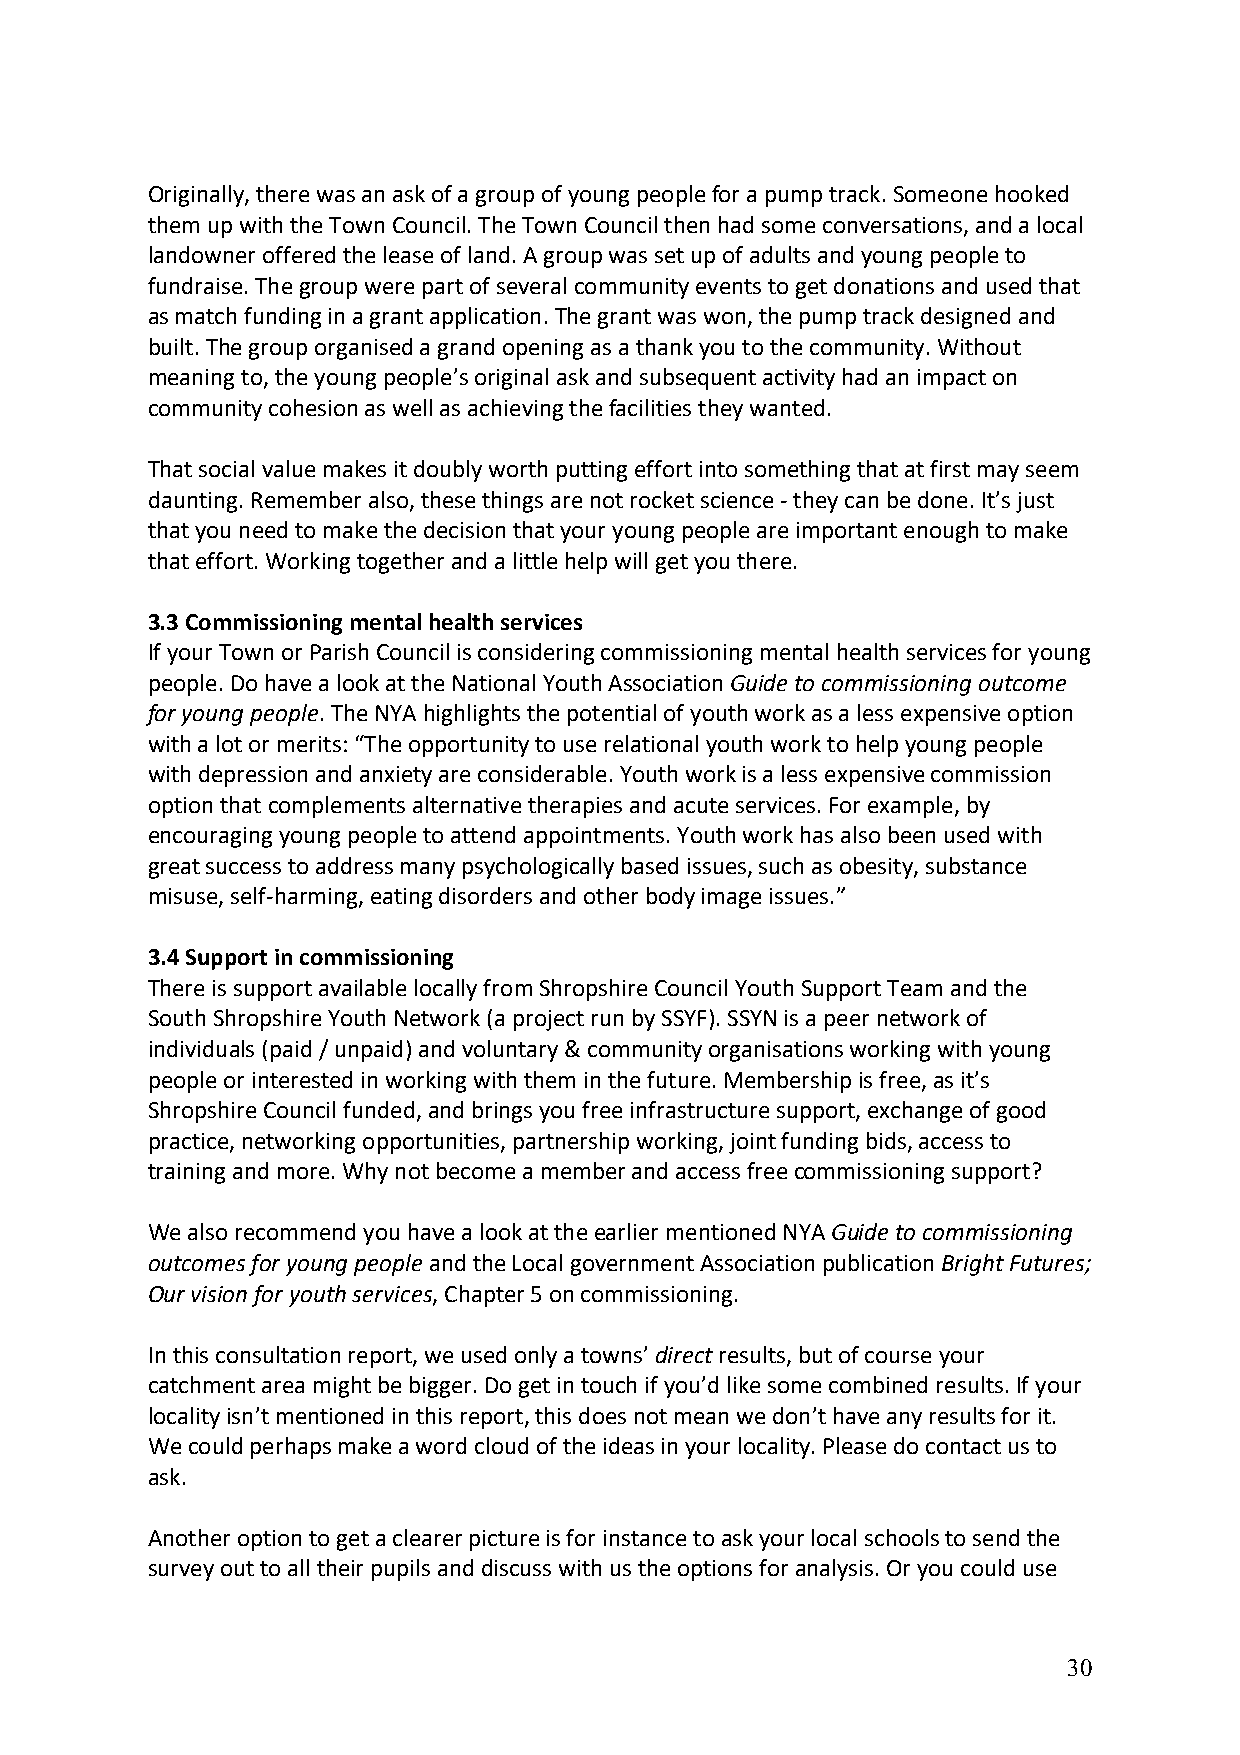
Originally, there was an ask of a group of young people for a pump track. Someone hooked
 them up with the Town Council. The Town Council then had some conversations, and a local
 landowner offered the lease of land. A group was set up of adults and young people to
 fundraise. The group were part of several community events to get donations and used that
 as match funding in a grant application. The grant was won, the pump track designed and
 built. The group organised a grand opening as a thank you to the community. Without
 meaning to, the young people’s original ask and subsequent activity had an impact on
 community cohesion as well as achieving the facilities they wanted.
 That social value makes it doubly worth putting effort into something that at first may seem
 daunting. Remember also, these things are not rocket science - they can be done. It’s just
 that you need to make the decision that your young people are important enough to make
 that effort. Working together and a little help will get you there.
 3.3 Commissioning mental health services
 If your Town or Parish Council is considering commissioning mental health services for young
 people. Do have a look at the National Youth Association Guide to commissioning outcome
 for young people. The NYA highlights the potential of youth work as a less expensive option
 with a lot or merits: “The opportunity to use relational youth work to help young people
 with depression and anxiety are considerable. Youth work is a less expensive commission
 option that complements alternative therapies and acute services. For example, by
 encouraging young people to attend appointments. Youth work has also been used with
 great success to address many psychologically based issues, such as obesity, substance
 misuse, self-harming, eating disorders and other body image issues.”
 3.4 Support in commissioning
 There is support available locally from Shropshire Council Youth Support Team and the
 South Shropshire Youth Network (a project run by SSYF). SSYN is a peer network of
 individuals (paid / unpaid) and voluntary & community organisations working with young
 people or interested in working with them in the future. Membership is free, as it’s
 Shropshire Council funded, and brings you free infrastructure support, exchange of good
 practice, networking opportunities, partnership working, joint funding bids, access to
 training and more. Why not become a member and access free commissioning support?
 We also recommend you have a look at the earlier mentioned NYA Guide to commissioning
 outcomes for young people and the Local government Association publication Bright Futures;
 Our vision for youth services, Chapter 5 on commissioning.
 In this consultation report, we used only a towns’ direct results, but of course your
 catchment area might be bigger. Do get in touch if you’d like some combined results. If your
 locality isn’t mentioned in this report, this does not mean we don’t have any results for it.
 We could perhaps make a word cloud of the ideas in your locality. Please do contact us to
 ask.
 Another option to get a clearer picture is for instance to ask your local schools to send the
 survey out to all their pupils and discuss with us the options for analysis. Or you could use
 30